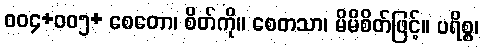
ဝဝ၄+ဝဝ၅+ စေတော၊ စိတ်ကို။ စေတသာ၊ မိမိစိတ်ဖြင့်။ ပရိစ္စ၊